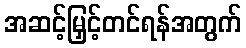
အဆင့်မြှင့်တင်ရန်အတွက်